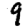
Digit: 9